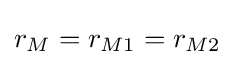
r_{M}=r_{M1}=r_{M2}